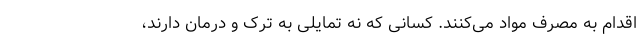
اقدام به مصرف مواد می‌کنند. کسانی که نه تمایلی به ترک و درمان دارند،